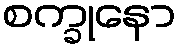
စက္ခုနော